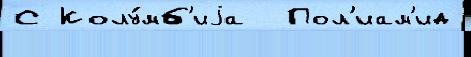
С Колу́мб'иjа  Пол'иам'ид